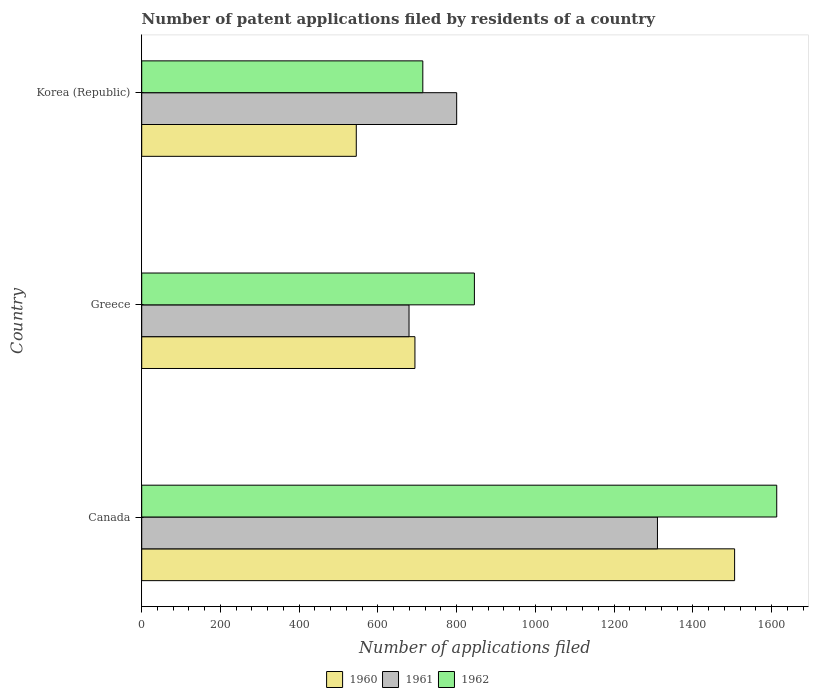
| Country | 1960 | 1961 | 1962 |
 | --- | --- | --- | --- |
 | Canada | 1.51e+03 | 1.31e+03 | 1.61e+03 |
 | Greece | 694 | 679 | 845 |
 | Korea (Republic) | 545 | 800 | 714 |